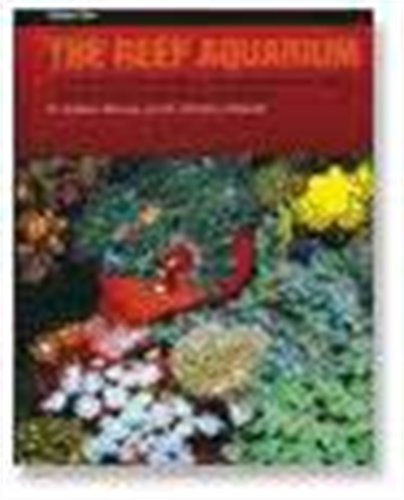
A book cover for The Reef Aquarium, Vol. 2: A Comprehensive Guide to the Identification and Care of Tropical Marine Invertebrates; J. Charles Delbeek; Crafts, Hobbies & Home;